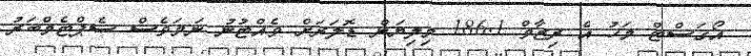
އޯގަސްޓް މަހު އެ ރިޒާވް 186.1 މިލިޔަން ޑޮލަރަށް ވެއްޓުނު ނަމަވެސް ސެޕްޓެމްބަރު